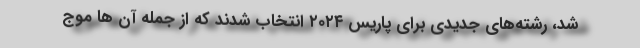
شد، رشته‌های جدیدی برای پاریس ۲۰۲۴ انتخاب شدند که از جمله آن ها موج